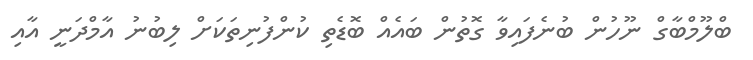
ބްލޫމްބާގް ނޫހުން ބުނެފައިވާ ގޮތުން ބައެއް ބޮޑެތި ކުންފުނިތަކަށް ލިބުނު އާމްދަނީ އާއި